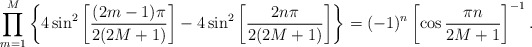
\begin{align*}\prod_{m=1}^{M}\left\{4 \sin^2\left[\frac{ (2m-1)\pi}{2(2M+1)}\right]- 4 \sin^2\left[\frac{ 2n\pi}{2(2M+1)}\right] \right\}=(-1)^n\left[\cos\frac{\pi n}{2M+1}\right]^{-1}.\end{align*}